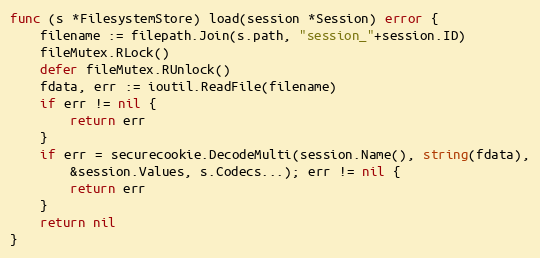
Language: Go
func (s *FilesystemStore) load(session *Session) error {
	filename := filepath.Join(s.path, "session_"+session.ID)
	fileMutex.RLock()
	defer fileMutex.RUnlock()
	fdata, err := ioutil.ReadFile(filename)
	if err != nil {
		return err
	}
	if err = securecookie.DecodeMulti(session.Name(), string(fdata),
		&session.Values, s.Codecs...); err != nil {
		return err
	}
	return nil
}